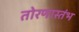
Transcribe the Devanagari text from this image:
तोरणास्तंभ